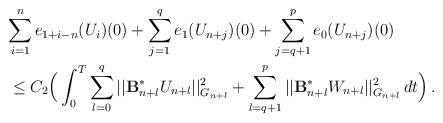
LaTeX: \begin{align*}&\displaystyle{\sum_{i=1}^n e_{1+i-n}(U_i)(0)} + \sum_{j=1}^q e_1(U_{n+j})(0)+ \sum_{j=q+1}^p e_0(U_{n+j})(0) \\ & \le C_2 \Big( \int_0^T \sum_{l=0}^q || \mathcal{\mathbf{B}}_{n+l}^{\ast}U_{n+l}||_{G_{n+l}}^2 + \sum_{l=q+1}^p || \mathcal{\mathbf{B}}_{n+l}^{\ast}W_{n+l}||_{G_{n+l}}^2\,dt\Big) \,.\end{align*}